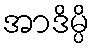
အာဒိမ္ပိ